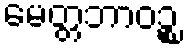
မေတ္တဘာဝဉ္စ